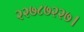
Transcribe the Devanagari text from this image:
२२७८७२२७।